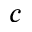
c